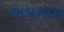
અપનામ